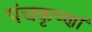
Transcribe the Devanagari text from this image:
पंचकृष्णां